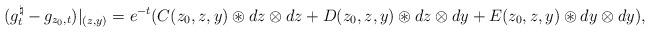
LaTeX: \begin{align*}(g_t^\natural - g_{z_0,t})|_{(z,y)} = e^{-t}(C(z_0,z,y) \circledast dz \otimes dz + D(z_0,z,y)\circledast dz \otimes dy + E(z_0,z,y) \circledast dy \otimes dy), \end{align*}